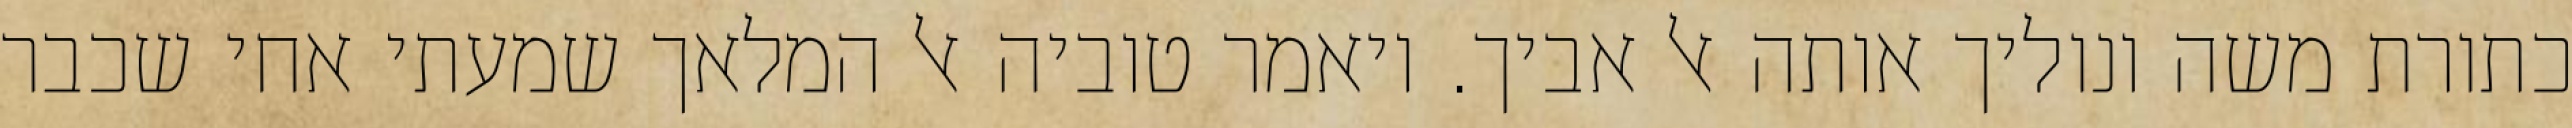
כתורת משה ונוליך אותה אל אביך. ויאמר טוביה אל המלאך שמעתי אחי שכבר